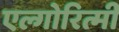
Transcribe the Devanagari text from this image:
एल्गोरित्मी